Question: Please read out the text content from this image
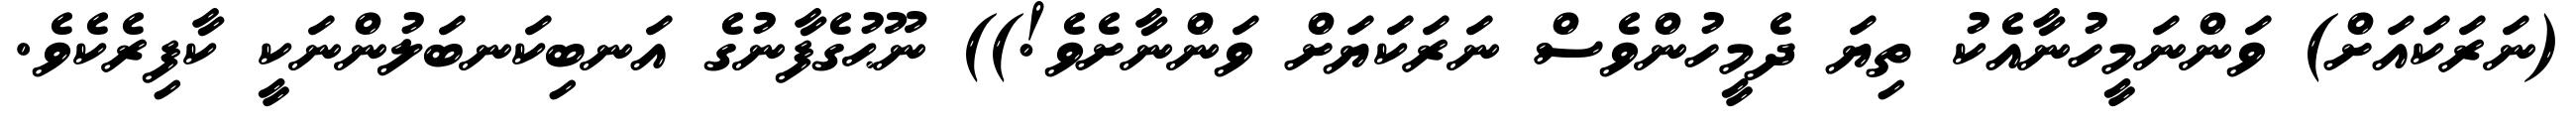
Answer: (ނަރަކައަށް) ވަންނަމީހުނާއެކު ތިޔަ ދެމީހުންވެސް ނަރަކަޔަށް ވަންނާށެވެ!)) ނޫޙުގެފާނުގެ އަނބިކަނބަލުންނަކީ ކާފިރެކެވެ.